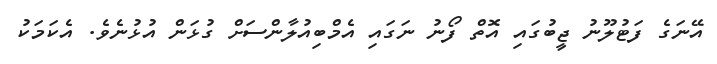
އޭނަގެ ފަޓުލޫނު ޖީބުގައި އޮތް ފޯނު ނަގައި އެމްބިއުލާންސަށް ގުޅަން އުޅުނެވެ. އެކަމަކު